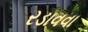
રડાવવા